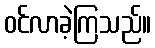
ဝင်လာခဲ့ကြသည်။